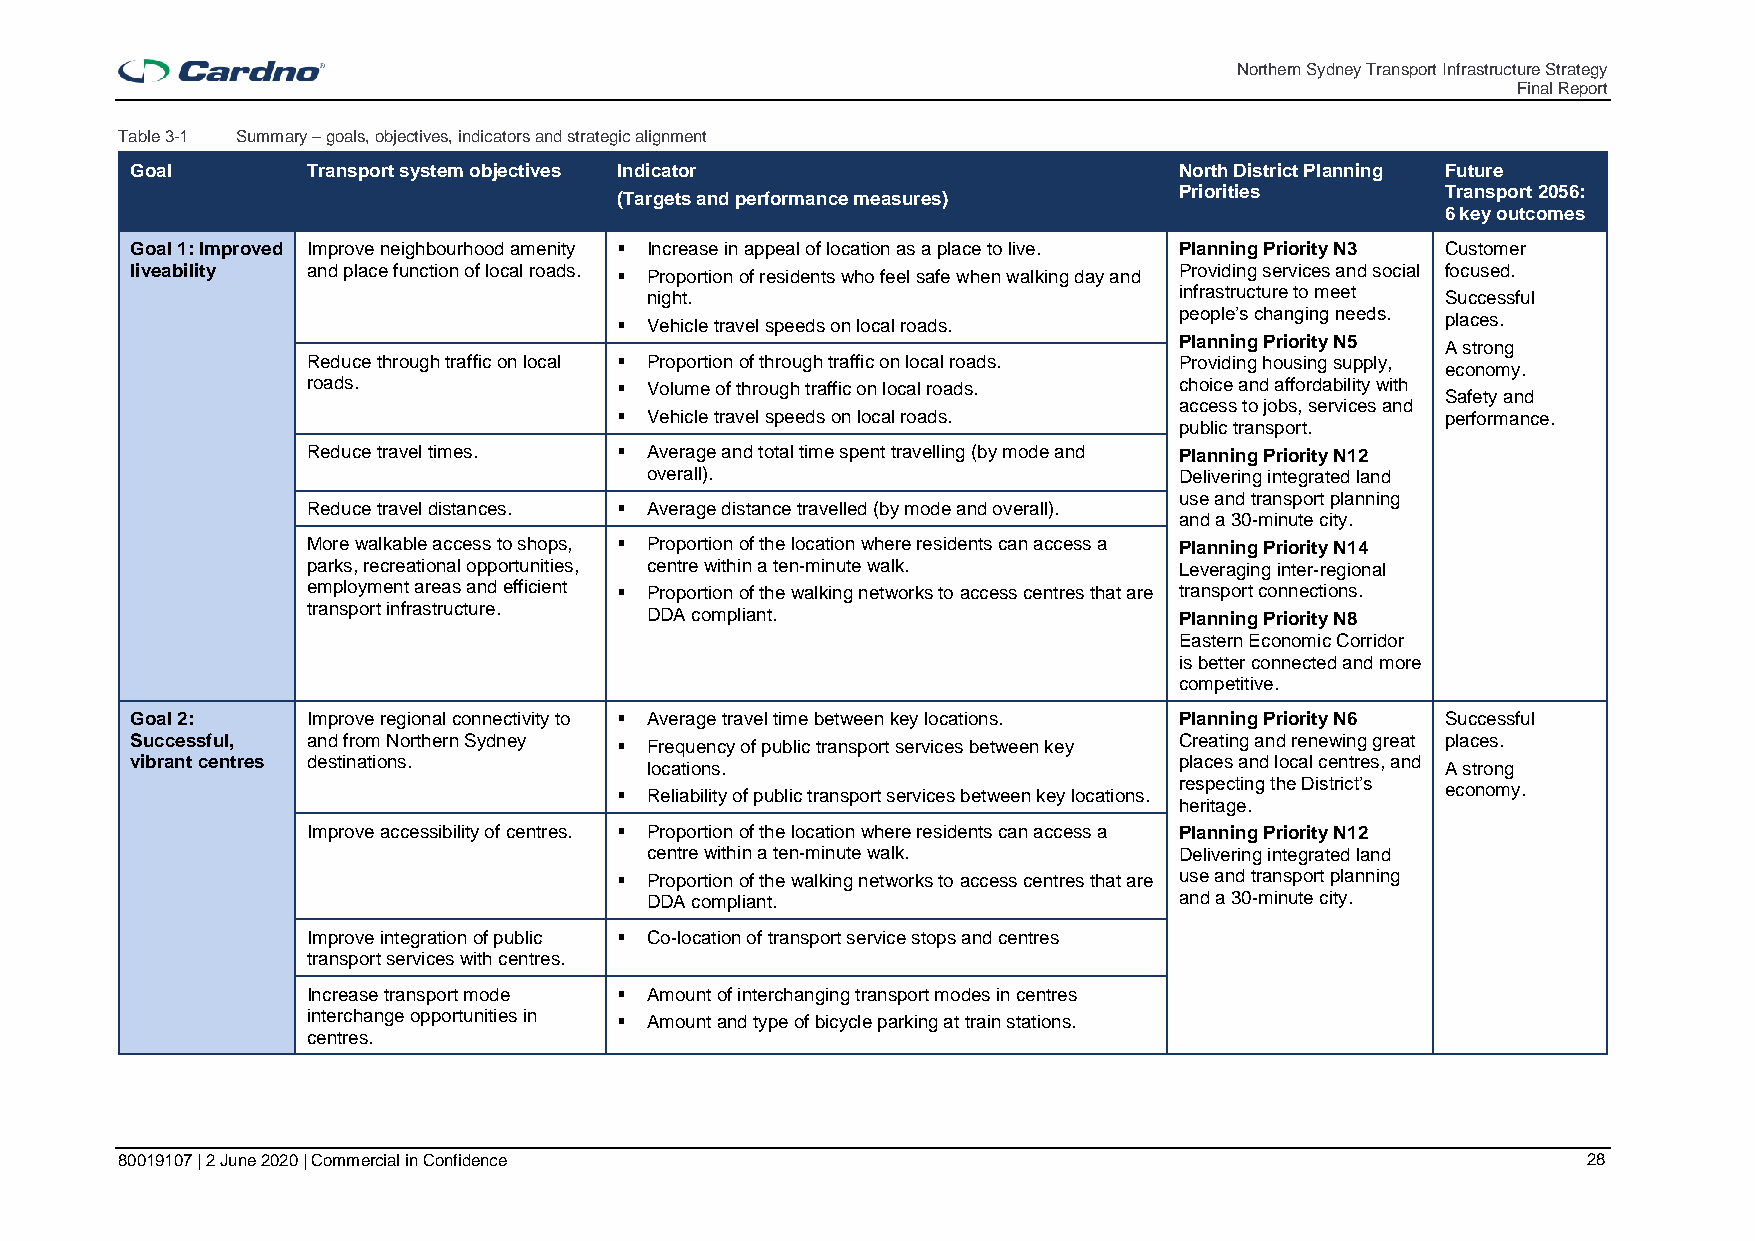
Northern Sydney Transport Infrastructure Strategy
 Final Report
 Table 3-1 Summary – goals, objectives, indicators and strategic alignment
 Goal       Transport system objectives Indicator                     North District Planning Future
 (Targets and performance measures)   Priorities        Transport 2056:
 6 key outcomes
 Goal 1: Improved Improve neighbourhood amenity ▪ Increase in appeal of location as a place to live. Planning Priority N3 Customer
 liveability and place function of local roads. ▪ Proportion of residents who feel safe when walking day and Providing services and social focused.
 night.                             infrastructure to meet Successful
 ▪ Vehicle travel speeds on local roads. people’s changing needs. places.
 Planning Priority N5 A strong
 Reduce through traffic on local ▪ Proportion of through traffic on local roads. Providing housing supply, economy.
 roads.               ▪ Volume of through traffic on local roads. choice and affordability with
 Safety and
 access to jobs, services and
 ▪ Vehicle travel speeds on local roads.                performance.
 public transport.
 Reduce travel times. ▪ Average and total time spent travelling (by mode and Planning Priority N12
 overall).                          Delivering integrated land
 use and transport planning
 Reduce travel distances. ▪ Average distance travelled (by mode and overall).
 and a 30-minute city.
 More walkable access to shops, ▪ Proportion of the location where residents can access a Planning Priority N14
 parks, recreational opportunities, centre within a ten-minute walk. Leveraging inter-regional
 employment areas and efficient ▪ Proportion of the walking networks to access centres that are transport connections.
 transport infrastructure. DDA compliant.                  Planning Priority N8
 Eastern Economic Corridor
 is better connected and more
 competitive.
 Goal 2:    Improve regional connectivity to ▪ Average travel time between key locations. Planning Priority N6 Successful
 Successful, and from Northern Sydney ▪ Frequency of public transport services between key Creating and renewing great places.
 vibrant centres destinations.     locations.                         places and local centres, and A strong
 ▪ Reliability of public transport services between key locations. respecting the District’s economy.
 heritage.
 Improve accessibility of centres. ▪ Proportion of the location where residents can access a Planning Priority N12
 centre within a ten-minute walk.   Delivering integrated land
 ▪ Proportion of the walking networks to access centres that are use and transport planning
 DDA compliant.                     and a 30-minute city.
 Improve integration of public ▪ Co-location of transport service stops and centres
 transport services with centres.
 Increase transport mode ▪ Amount of interchanging transport modes in centres
 interchange opportunities in ▪ Amount and type of bicycle parking at train stations.
 centres.
 80019107 | 2 June 2020 | Commercial in Confidence                                                28